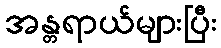
အန္တရာယ်များပြီး